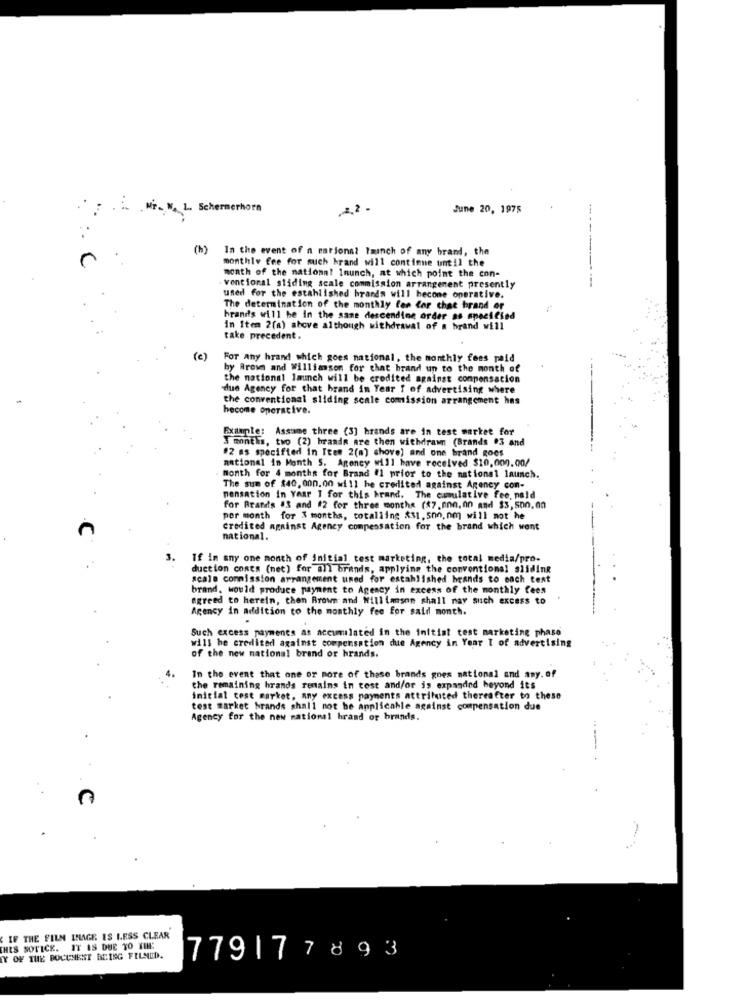
Mr. N. L. Schermerhorn
June 20, 1975
In the event of n rations? launch of any brand, the
--------
monthly fee for much hrand will continue until the
month of the national Inunch, at which point the con-
ventional sliding scale commission arrangement presently
used for the established brands will hecone operative.
The determination of the monthly fee for chat brand of
brands will be in the same descending order as specified
In Item 2(a) above although withdrawal of a brand will
take precedent.
(c)
For any hrand which goes national, the monthly fees paid
by Brown and Williamson for chat brand un to the month of
the national launch will be credited against compensacion
due Agency for that brand in Year f of advertising where
the conventional sliding scale comission arrangement has
hecome operative.
Example: Assume three (3] hrands are in test market for
3 months, two (2) brands are then withdrawn (Brands 03 and
#2 as specified in Item 2(m) shove) and one brand goes
national in Month S. Agency will have received $10,000.00/
month for 4 months for Brand #1 prior to the national launch.
The sum of $40, 000.00 will be credited against Agency con-
mensation in Year I for this brand. The cumulative fee, pold
for Brands #3 and #2 for three months ($7.nnn,on and $3,500,00
per month for 3 months, totalling $31. 500.nm) will not he
credited against Agency compensation for the brand which went
national.
3.
If in any one month of initial test marketing, the total media/pro-
duction conts (net) for all brands, applying the conventional sliding
scale commission arrangement uned for established brands to each text
brand, would produce payment to Agency in excess of the monthly fees
agreed to herein, then Brown and Williamson shall nay such excess to
Agency in addition to the monthly fee for said month.
Such excess payments as accumulated in the initial test marketing phase
will be credited against compensation due Agency in Year I of advertising
of the new national brand or brands.
4.
In the event that one or more of these brands goes national and any. of
the remaining brands remains in test and/or is expanded beyond it's
inicial cost market, any excess payments attributed thereafter to these
test market brands shall not be applicable against compensation due
Agency for the new national brand or brands.
--
IF THE FILM IMAGE IS LESS CLEAR
THIS SOTICE. IT IS DUE TO THE
Y OF THE DOCUMENT BLING FILMED.
779177893